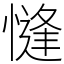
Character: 㦀